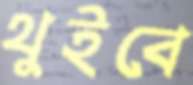
থুইবে